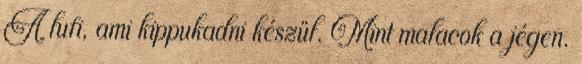
A lufi, ami kippukadni készül. Mint malacok a jégen.